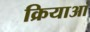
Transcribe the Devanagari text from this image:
क्रियाआं